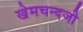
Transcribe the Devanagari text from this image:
खेमचन्दजी